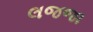
લજજા